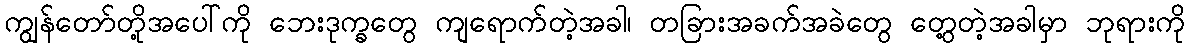
ကျွန်တော်တို့အပေါ်ကို ဘေးဒုက္ခတွေ ကျရောက်တဲ့အခါ၊ တခြားအခက်အခဲတွေ တွေ့တဲ့အခါမှာ ဘုရားကို